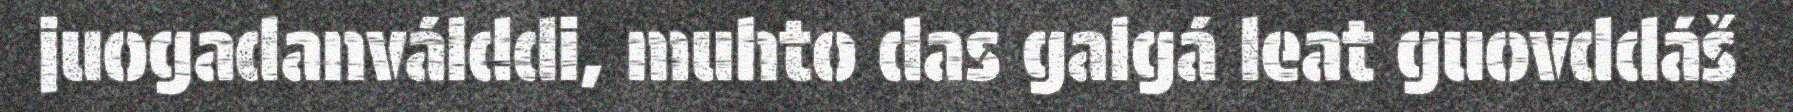
juogadanválddi, muhto das galgá leat guovddáš